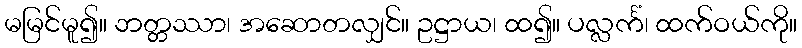
မမြင်မူ၍။ ဘတ္တဿာ၊ အဆောတလျှင်။ ဥဋ္ဌာယ၊ ထ၍။ ပလ္လင်္ကံ၊ ထက်ဝယ်ကို။